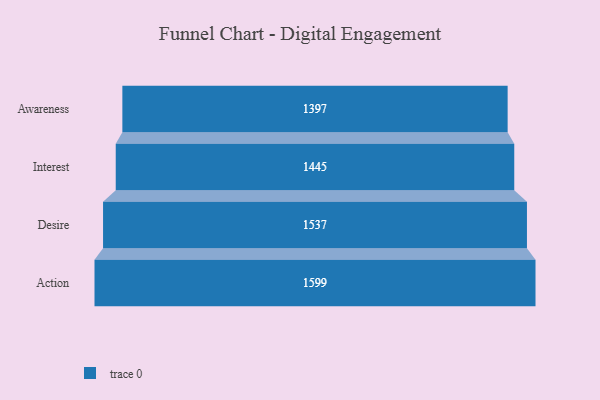
{"axis": {"x": "Stage", "y": "Value"}, "legend": [""], "data": [{"x": "Awareness", "y": 1397.0, "type": ""}, {"x": "Interest", "y": 1445.0, "type": ""}, {"x": "Desire", "y": 1537.0, "type": ""}, {"x": "Action", "y": 1599.0, "type": ""}]}